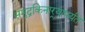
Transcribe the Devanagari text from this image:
समुद्रकिनार्‍यापर्यंत